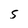
Character: S